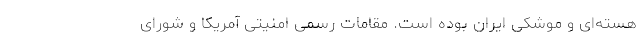
هسته‌ای و موشکی ایران بوده است. مقامات رسمی امنیتی آمریکا و شورای